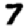
Digit: 7